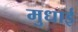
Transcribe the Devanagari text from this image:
मुधाई